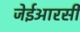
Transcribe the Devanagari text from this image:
जेईआरसी